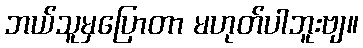
ဘယ်သူမှပြောတာ မဟုတ်ပါဘူးဗျ။